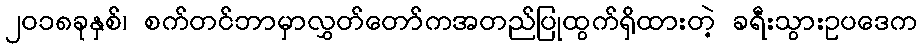
၂၀၁၈ခုနှစ်၊ စက်တင်ဘာမှာလွှတ်တော်ကအတည်ပြုထွက်ရှိထားတဲ့ ခရီးသွားဥပဒေက